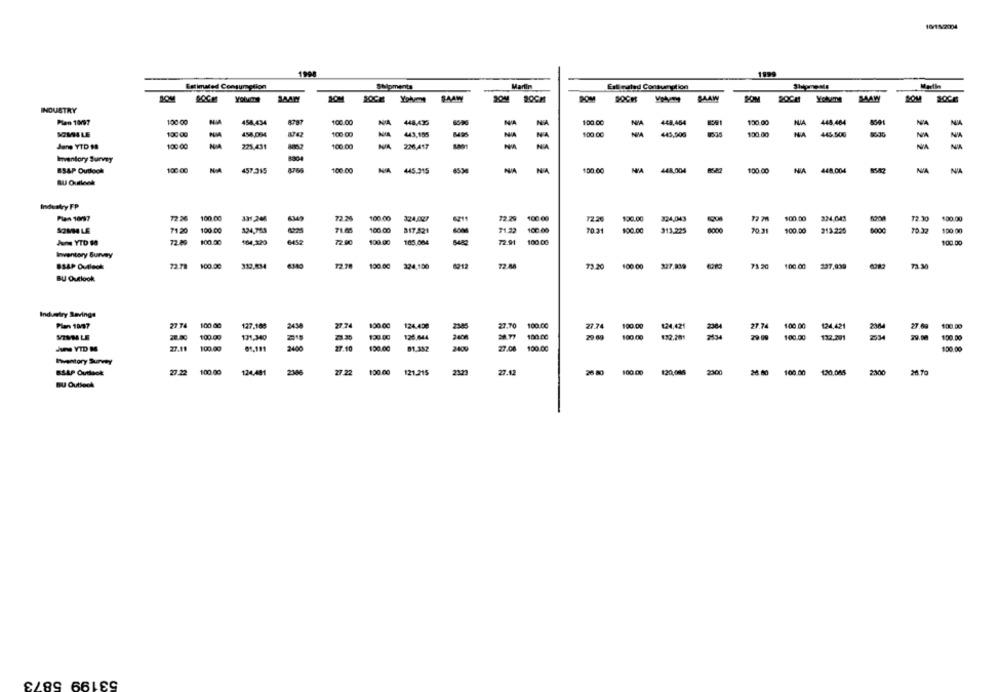
10/15/2004
1999
Estimated Consumption
Shipments
Martimı
Estimated Consumolion
SOM
JAAW
AAW
BAAN
DOM
DOCH
SAAW
INDUSTRY
Plen 10/07
108:00
458.434
100.00
448,435
NA
NA
1:00.00
NIA
448,454
130.00
HUA
448.484
NIA
100.00
SOMILE
130 00
PUMA
454,084
443,155
NA
NA
1:00.00
NIA
445,506
100:00
445,500
NIA
NA
Jane YTD 1
225,431
100 00
NA
NA
226,417
NA
Inventory Survey
BSAP Outlook
100 00
NIA
457.315
100 00
445.315
NA
100.00
448,004
100.00
NIA
448,004
NA
NIA
Industry FP
Pian 10097
100.00
331,245
72.25
100.00
324,007
72.29 100:00
12.2€
$20.00
324,043
100.00
324,043
72 .30
$00.00
71.20
100 00
324,755
100.00
317.821
71.22
100:00
70.31
100.00
313.225
8000
100.00
100.00
70 31
313.225
June YTD 18
72.89
100.00
164,320
72.80
100.00
185.084
7291
100 00
100.00
Inventory Survey
BSAP Outlook
100.00
332.834
100.00
224,100
1712
72.58
73.20
100.00
1:00.00
337.039
71 30
BU Outlook
Industry Savings
Plan 1997
27 TA
100 .00
127,168
27.74
100.00
124.433
27.70
100.00
77.74
190.00
1:24,421
27.74
100.00
124.421
27 69
1:00.00
2345
2364
28.80
100.00
131.340
100.00
125.044
2.77
100.00
100.00
132.201
29 00
100.00
122,291
2534
29.00
100.00
$90.00
- VID M
27.10
100.00
01.191
2400
27.10
81.352
2409
27.08 100.00
150.00
Inventory Sunny
BSAP Outlook:
100.00
124,481
27 22
100.00
121.215
2123
27.0
26.80
100.00
#20,005
2300
28.60
100.00
120.085
2300
26.70
BU Outlook
53199 5873